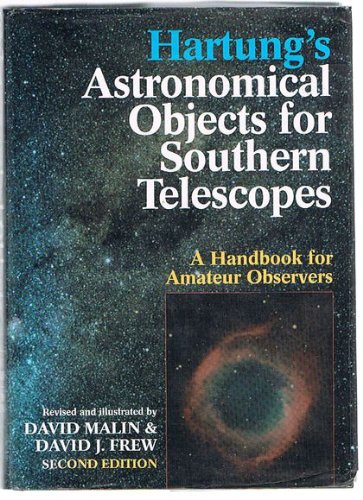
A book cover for Hartung's Astronomical Objects for Southern Telescopes: A Handbook for Amateur Observers; Science & Math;